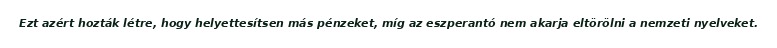
Ezt azért hozták létre, hogy helyettesítsen más pénzeket, míg az eszperantó nem akarja eltörölni a nemzeti nyelveket.